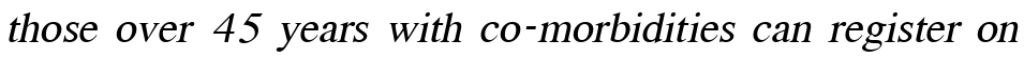
those over 45 years with co-morbidities can register on